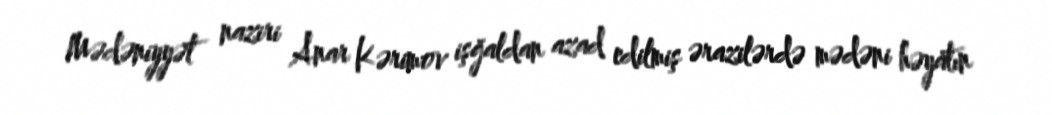
Mədəniyyət naziri Anar Kərimov işğaldan azad edilmiş ərazilərdə mədəni həyatın